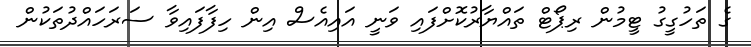
ގެ ތަހުގީގު ޓީމުން ރިޕޯޓް ތައްޔާރުކޮށްފައި ވަނީ އައިއެސް އިން ހިފާފައިވާ ސަރަހައްދުތަކުން